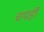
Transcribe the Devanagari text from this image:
चपड़ी